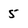
Character: 5